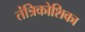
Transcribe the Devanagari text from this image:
तंत्रिकोशिका